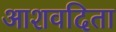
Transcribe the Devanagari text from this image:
आशवदिता